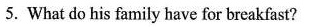
5. What do his family have for breakfast?